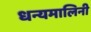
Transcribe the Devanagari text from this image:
धन्यमालिनी